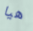
هيا